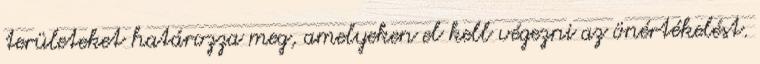
területeket határozza meg, amelyeken el kell végezni az önértékelést.